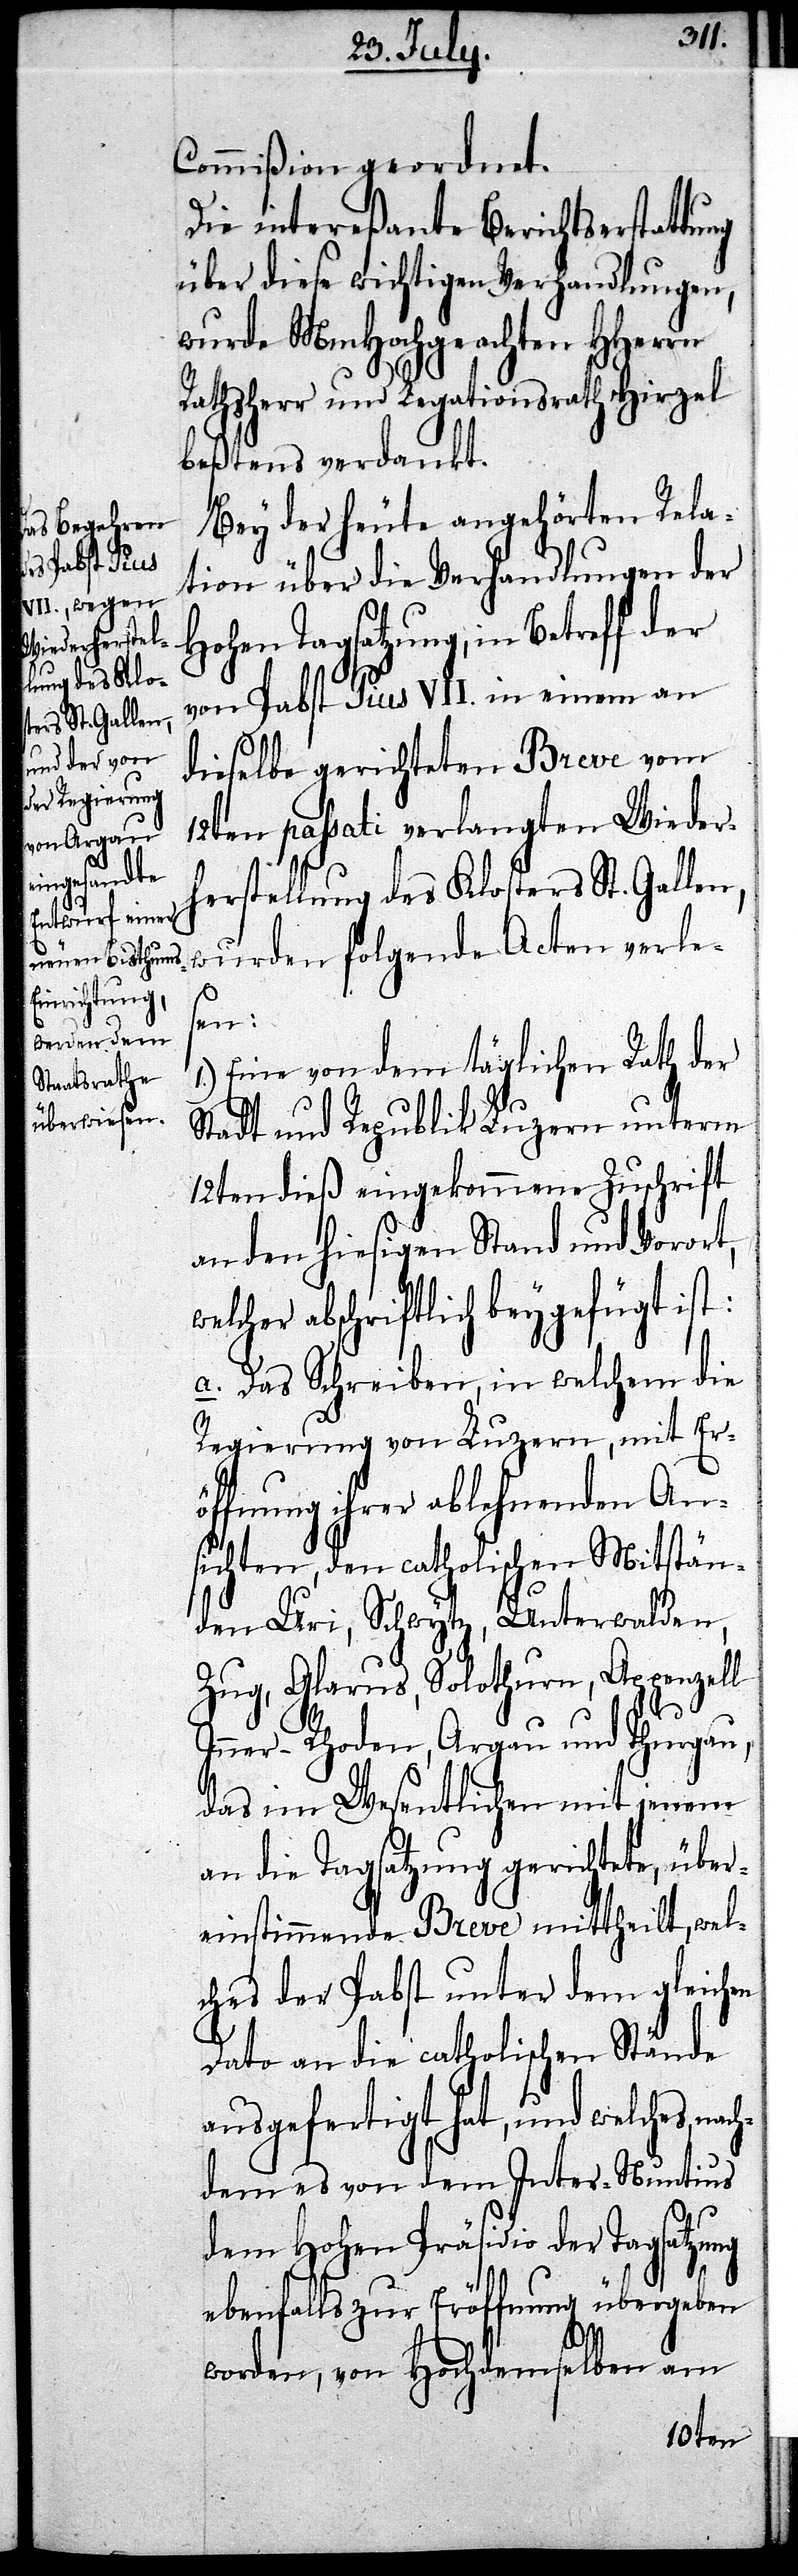
ach¬
Commißion geordnet.
Die intereßante Berichtserstattung
über diese wichtigen Verhandlungen,
wurde MmHochgeachten HHerrn
Rathsherr und Legationsrath Hirzel
beßtens verdankt.
Bey der heute angehörten Rela¬
tion über die Verhandlungen der
Hohen Tagsatzung, in Betreff der
von Pabst Pius VII. in einem an
dieselbe gerichteten Breve vom
12ten passati verlangten Wieder¬
herstellung des Klosters St. Gallen,
wurden folgende Acten verle¬
sen:
1.) Eine von dem täglichen Rath der
Stadt und Republik Luzern unterm
12ten dieß eingekommene Zuschrift
an den hiesigen Stand und Vorort,
welcher abschriftlich beygefügt ist:
a. Das Schreiben, in welchem die
Regierung von Luzern, mit Erö¬
ffnung ihrer ablehnenden An¬
sichten, den catholischen Mitstän¬
den Uri, Schwytz, Unterwalden,
Zug, Glarus, Solothurn, Appenzell
Inner- Rhoden, Argau und Thurgau,
das im Wesentlichen mit jenem
an die Tagsatzung gerichtete, über¬
einstimmende Breve mittheilt, wel¬
ches der Pabst unter dem gleichen
Dato an die catholischen Stände
ausgefertigt hat, und welches n¬
dem es von dem Inter-Nuntius
dem Hohen Präsidio der Tagsatzung
ebenfalls zur Eröffnung übergeben
worden, von Hochdemselben am